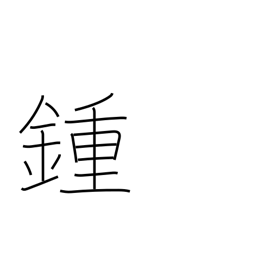
Meaning: spindle